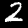
Digit: 2